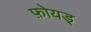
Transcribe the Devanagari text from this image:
फ़ोयड्